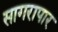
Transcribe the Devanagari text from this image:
सागरापार